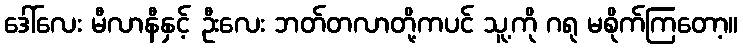
ဒေါ်လေး မီလာနီနှင့် ဦးလေး ဘတ်တလာတို့ကပင် သူ့ကို ဂရု မစိုက်ကြတော့။